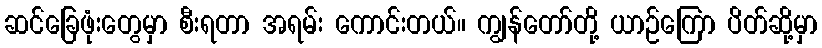
ဆင်ခြေဖုံးတွေမှာ စီးရတာ အရမ်း ကောင်းတယ်။ ကျွန်တော်တို့ ယာဉ်ကြော ပိတ်ဆို့မှာ